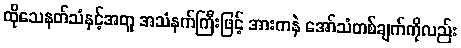
ထိုသေနတ်သံနှင့်အတူ အသံနက်ကြီးဖြင့် အားကနဲ အော်သံတစ်ချက်ကိုလည်း